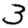
Digit: 3